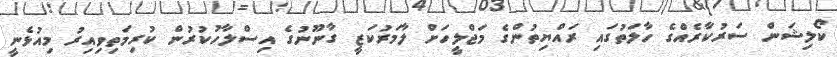
ކޯލިޝަން ސަރުކާރެއްގެ ހާލަތުގައި ރައްޔިތުންގެ މަޖްލީހަށް ލާމަރުކަޒީ ގާނޫނުގެ އިސްލާހުކުރުން ކުރިމަތިވިއިރު މިއުޅެނީ